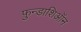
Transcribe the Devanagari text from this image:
फ़ुन्डाशिऑन